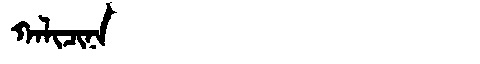
Manchu: ᡴᠠᠯᡳᠴᡳᠨᠠ
Romanization: KALICINA